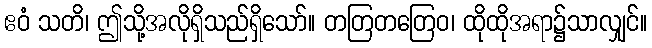
ဧဝံ သတိ၊ ဤသို့အလိုရှိသည်ရှိသော်။ တတြတတြေဝ၊ ထိုထိုအရာ၌သာလျှင်။